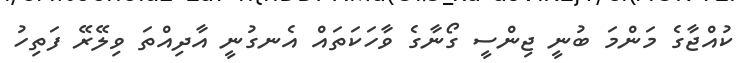
ކުއްޖާގެ މަންމަ ބުނީ ޖިންސީ ގޯނާގެ ވާހަކަތައް އެނގުނީ އާދިއްތަ ވިލޭރޭ ފަތިހު